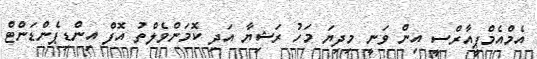
އެމްއެމްޕީއާރްސީ އިން ވަނީ މިދިޔަ މަހު ރަޝިޔާ އަދި ކޮމަންވެލްތު އޮފް އިންޑިޕެންޑަންޓް